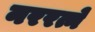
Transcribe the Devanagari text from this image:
नररत्ने